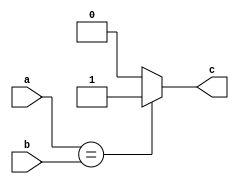
`timescale 1ns/1ns

module isEqual(input[15:0] a, b, output reg c); 
  always@(*) begin
    if(a == b)
      c = 1;
    else
      c = 0;
  end  
endmodule